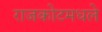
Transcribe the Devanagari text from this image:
राजकोटमधले